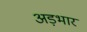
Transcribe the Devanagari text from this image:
अड़भार